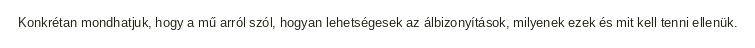
Konkrétan mondhatjuk, hogy a mű arról szól, hogyan lehetségesek az álbizonyítások, milyenek ezek és mit kell tenni ellenük.